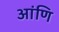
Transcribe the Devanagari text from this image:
आंणि